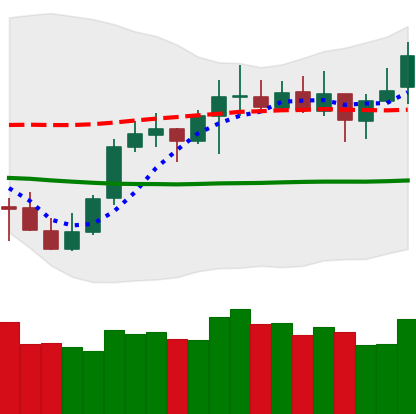
Ticker: LTC-USD
Chart end date: 2021-10-15
Forward return: 9.563%
Label: up_7plus